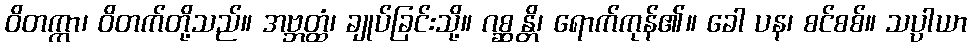
ဝိတက္ကာ၊ ဝိတက်တို့သည်။ အဗ္ဘတ္ထံ၊ ချုပ်ခြင်းသို့။ ဂစ္ဆန္တိ၊ ရောက်ကုန်၏။ ခေါ ပန၊ စင်စစ်။ သပ္ပါယာ